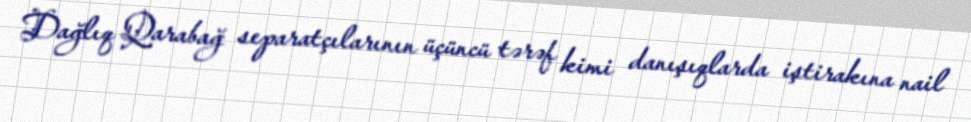
Dağlıq Qarabağ separatçılarının üçüncü tərəf kimi danışıqlarda iştirakına nail